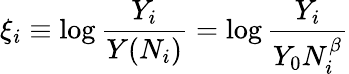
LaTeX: \xi_{i}\equiv\log\frac{Y_{i}}{Y(N_{i})}=\log\frac{Y_{i}}{Y_{0}N_{i}^{\beta}}